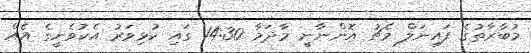
މުބާރާތުގެ ފައިނަލް މެޗު އޮންނާނީ މާދަމާ 14:30 ގައި ކުޅިވަރު އެކުވެނީގެ އެއް